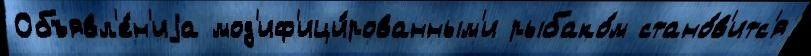
Объявл'е́н'иjа мод'иф'ици́рованным'и рыбако́м стано́в'итс'я